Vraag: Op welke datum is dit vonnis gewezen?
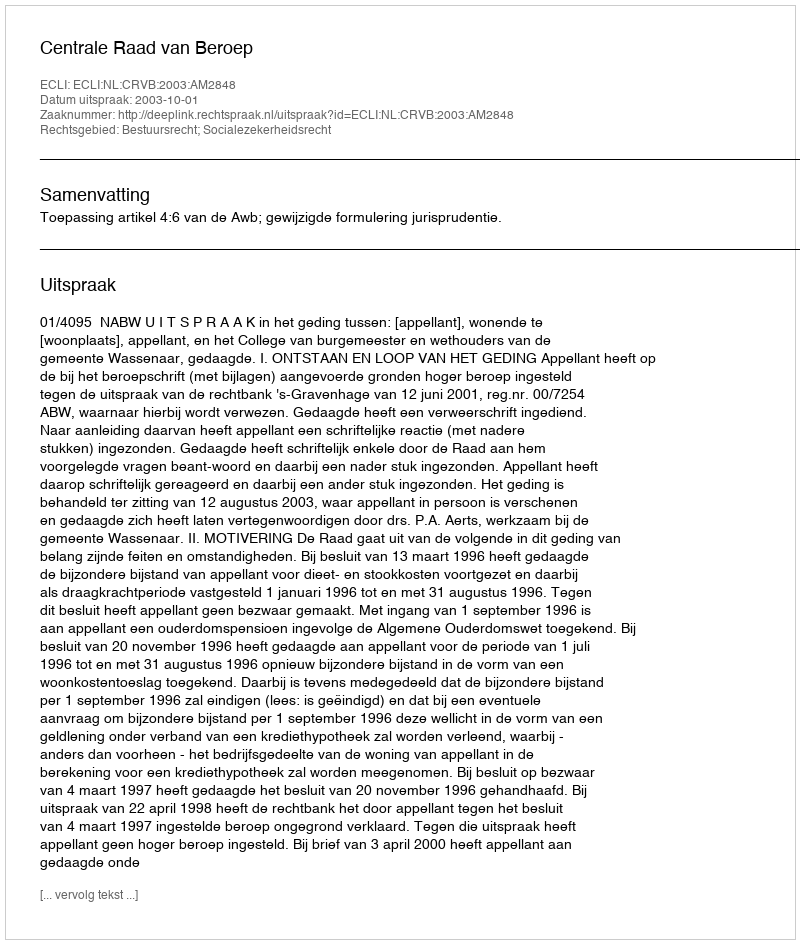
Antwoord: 2003-10-01